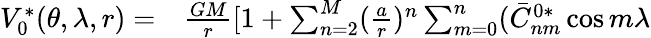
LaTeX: \begin{array}{rl}{V_{0}^{*}(\theta,\lambda,r)=}&{{}\frac{GM}{r}[1+\sum_{n=2}^{M}(\frac{a}{r})^{n}\sum_{m=0}^{n}(\bar{C}_{nm}^{0*}\cos m\lambda}\end{array}